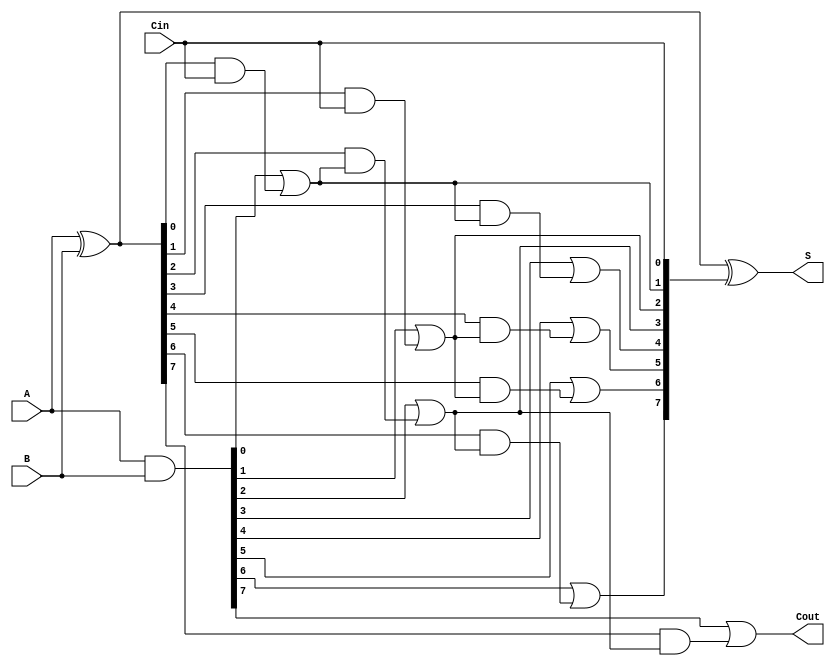
module brent_kung_adder #(parameter N = 8) (
    input [N-1:0] A,      // First n-bit input
    input [N-1:0] B,      // Second n-bit input
    input Cin,            // Carry-in
    output [N-1:0] S,     // n-bit sum output
    output Cout           // Carry-out
);

    // Generate and Propagate signals
    wire [N-1:0] G; // Generate
    wire [N-1:0] P; // Propagate
    wire [N:0] C;   // Carry bits

    // Generate and Propagate calculations
    assign G = A & B;
    assign P = A ^ B;

    // Carry generation (Brent-Kung tree)
    assign C[0] = Cin; // Carry-in
    assign C[1] = G[0] | (P[0] & C[0]); // Level 1
    assign C[2] = G[1] | (P[1] & C[0]); // Level 1
    assign C[3] = G[2] | (P[2] & C[1]); // Level 2
    assign C[4] = G[3] | (P[3] & C[1]); // Level 2
    assign C[5] = G[4] | (P[4] & C[2]); // Level 2
    assign C[6] = G[5] | (P[5] & C[2]); // Level 2
    assign C[7] = G[6] | (P[6] & C[3]); // Level 3
    assign C[8] = G[7] | (P[7] & C[3]); // Level 3

    // Sum calculation
    assign S = P ^ {C[N-1:0]}; // Sum bits
    assign Cout = C[N]; // Final carry-out

endmodule